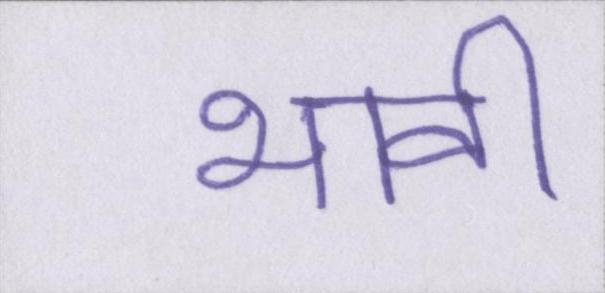
भावी